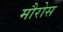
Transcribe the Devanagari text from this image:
मौरोस